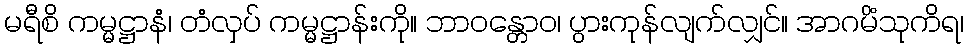
မရီစိ ကမ္မဋ္ဌာနံ၊ တံလှပ် ကမ္မဋ္ဌာန်းကို။ ဘာဝန္တောဝ၊ ပွားကုန်လျက်လျှင်။ အာဂမိံသုကိရ၊